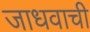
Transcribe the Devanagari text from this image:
जाधवाची